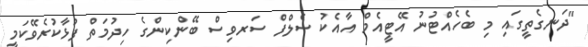
"ދަނގެތީގައި މި ބެހެއްޓުނު އޭޓީއެމް އާއެކު ސެލްފް ސަރވިސް ބޭންކިންގެ ހިދުމަތް ފުޅާކުރެވޭކަމީ